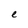
Character: e